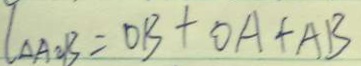
I _ { \Delta A O B } = O B + O A + A B